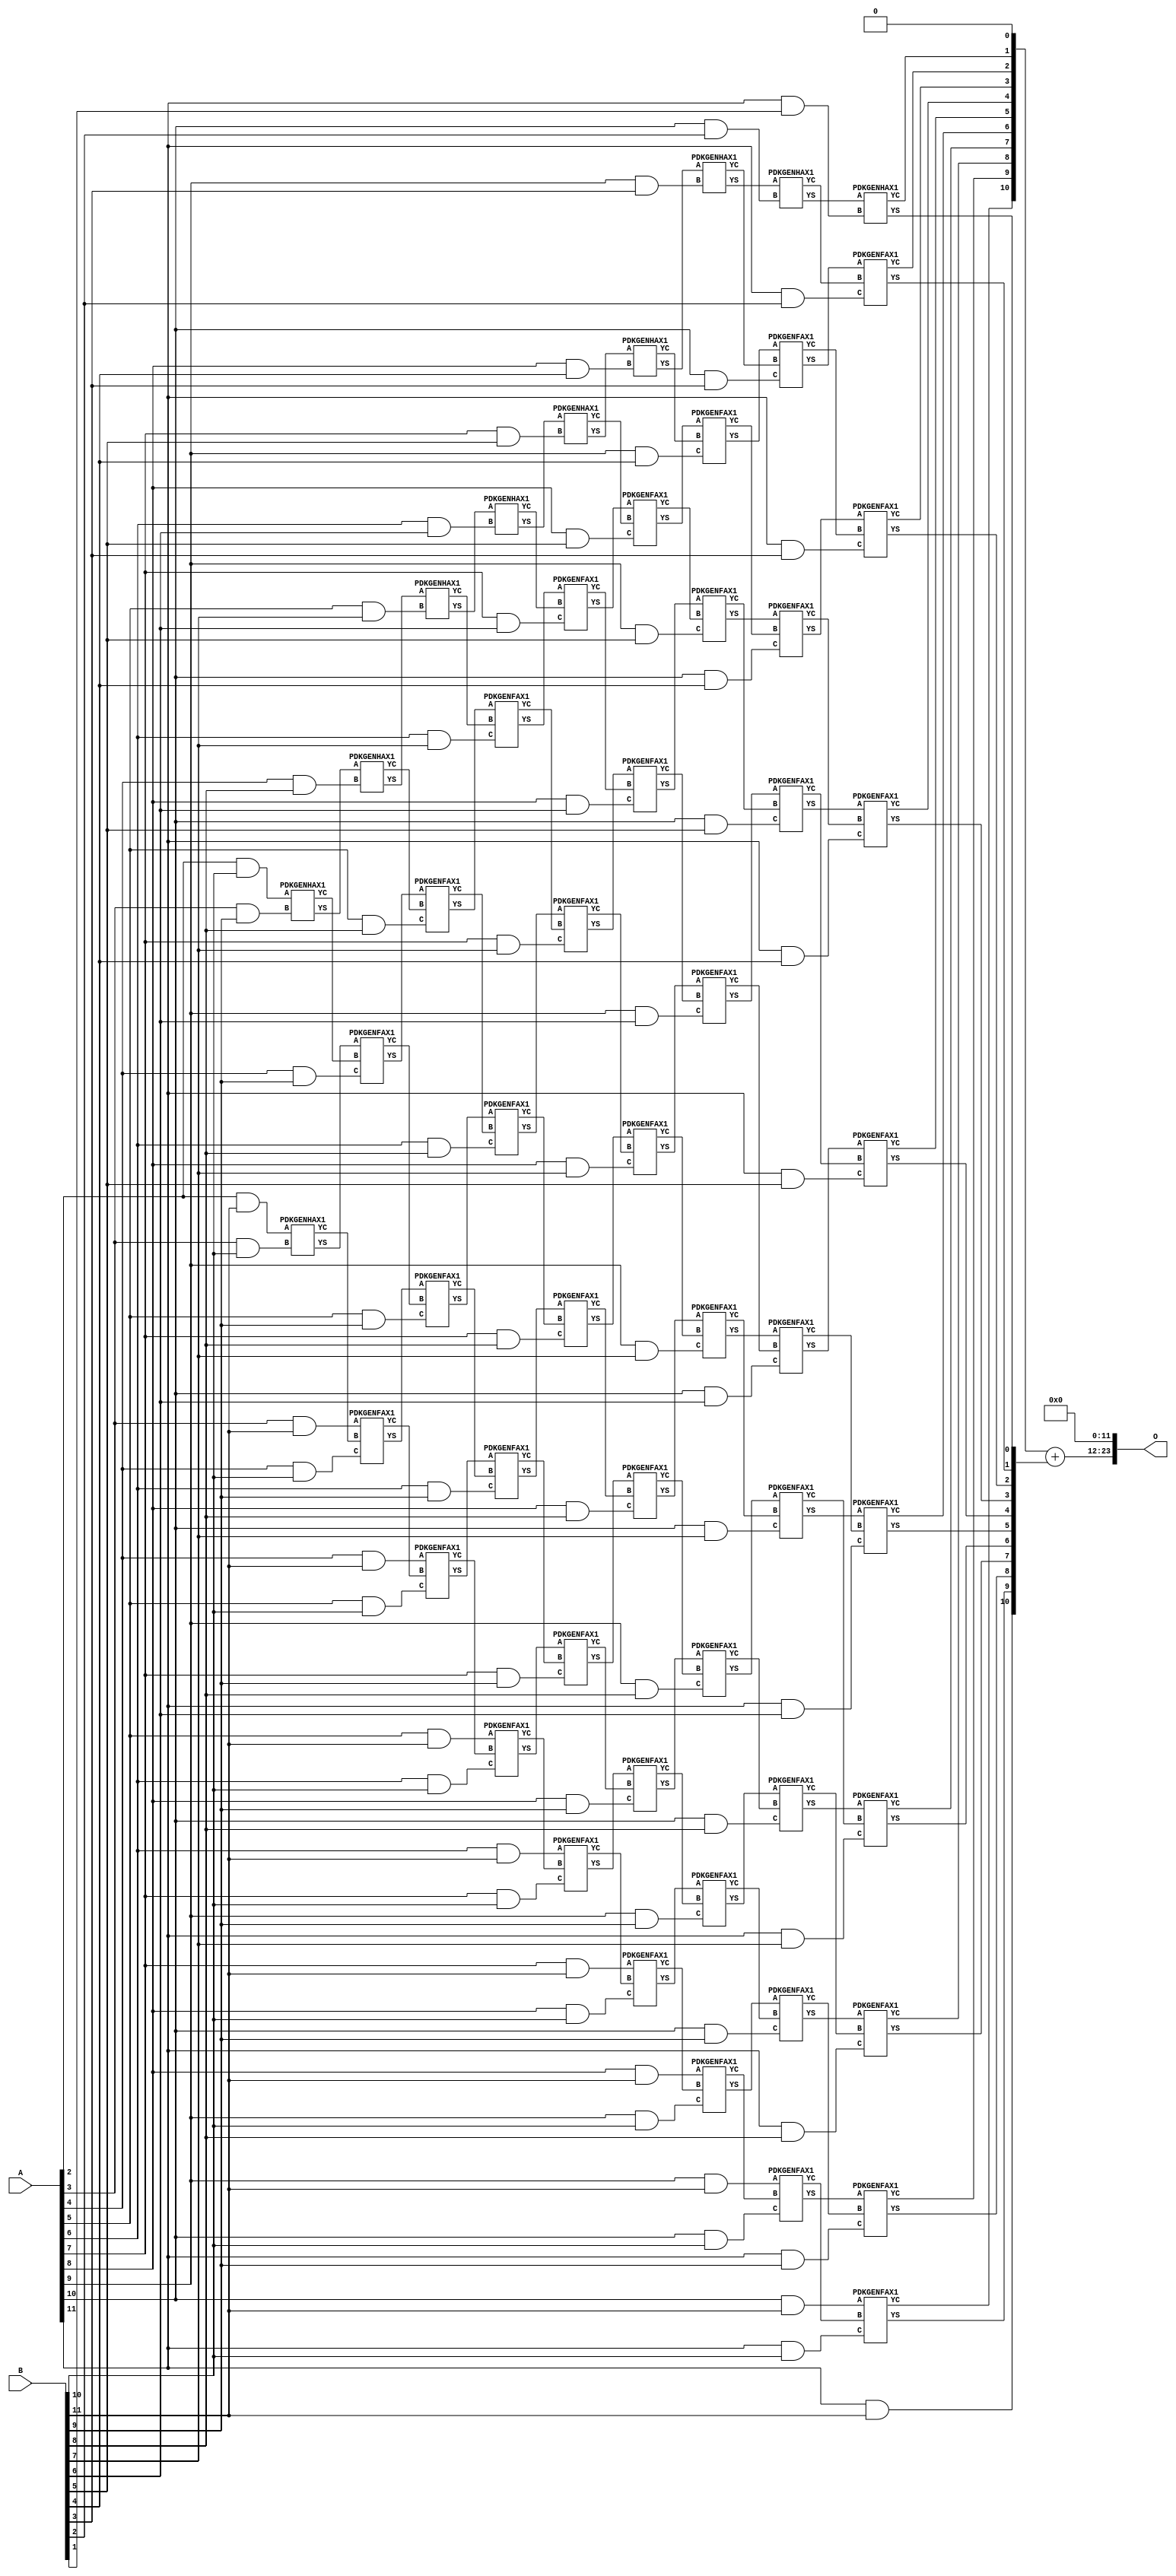
/***
* This code is a part of EvoApproxLib library (ehw.fit.vutbr.cz/approxlib) distributed under The MIT License.
* When used, please cite the following article(s): PRABAKARAN B. S., MRAZEK V., VASICEK Z., SEKANINA L., SHAFIQUE M. ApproxFPGAs: Embracing ASIC-based Approximate Arithmetic Components for FPGA-Based Systems. DAC 2020. 
***/
// MAE% = 0.073 %
// MAE = 12288 
// WCE% = 0.29 %
// WCE = 49153 
// WCRE% = 100.00 %
// EP% = 99.84 %
// MRE% = 1.67 %
// MSE = 18304.091e4 
// FPGA_POWER = 1.4
// FPGA_DELAY = 12
// FPGA_LUT = 78


module mul12u_2U7 ( A, B, O );
  input [11:0] A;
  input [11:0] B;
  output [23:0] O;

  wire C_10_10,C_10_2,C_10_3,C_10_4,C_10_5,C_10_6,C_10_7,C_10_8,C_10_9,C_11_1,C_11_10,C_11_2,C_11_3,C_11_4,C_11_5,C_11_6,C_11_7,C_11_8,C_11_9,C_3_10,C_3_9,C_4_10,C_4_8,C_4_9,C_5_10,C_5_7,C_5_8,C_5_9,C_6_10,C_6_6,C_6_7,C_6_8,C_6_9,C_7_10,C_7_5,C_7_6,C_7_7,C_7_8,C_7_9,C_8_10,C_8_4,C_8_5,C_8_6,C_8_7,C_8_8,C_8_9,C_9_10,C_9_3,C_9_4,C_9_5,C_9_6,C_9_7,C_9_8,C_9_9,S_10_10,S_10_11,S_10_2,S_10_3,S_10_4,S_10_5,S_10_6,S_10_7,S_10_8,S_10_9,S_11_1,S_11_10,S_11_11,S_11_2,S_11_3,S_11_4,S_11_5,S_11_6,S_11_7,S_11_8,S_11_9,S_12_0,S_12_1,S_12_10,S_12_11,S_12_2,S_12_3,S_12_4,S_12_5,S_12_6,S_12_7,S_12_8,S_12_9,S_2_10,S_2_11,S_3_10,S_3_11,S_3_9,S_4_10,S_4_11,S_4_8,S_4_9,S_5_10,S_5_11,S_5_7,S_5_8,S_5_9,S_6_10,S_6_11,S_6_6,S_6_7,S_6_8,S_6_9,S_7_10,S_7_11,S_7_5,S_7_6,S_7_7,S_7_8,S_7_9,S_8_10,S_8_11,S_8_4,S_8_5,S_8_6,S_8_7,S_8_8,S_8_9,S_9_10,S_9_11,S_9_3,S_9_4,S_9_5,S_9_6,S_9_7,S_9_8,S_9_9;

  assign S_2_10 = (A[2] & B[10]);
  assign S_2_11 = (A[2] & B[11]);
  PDKGENHAX1 U296194 (.A(S_2_10), .B((A[3] & B[9])), .YS(S_3_9), .YC(C_3_9));
  PDKGENHAX1 U296195 (.A(S_2_11), .B((A[3] & B[10])), .YS(S_3_10), .YC(C_3_10));
  assign S_3_11 = (A[3] & B[11]);
  PDKGENHAX1 U296205 (.A(S_3_9), .B((A[4] & B[8])), .YS(S_4_8), .YC(C_4_8));
  PDKGENFAX1 U296206 (.A(S_3_10), .B(C_3_9), .C((A[4] & B[9])), .YS(S_4_9), .YC(C_4_9));
  PDKGENFAX1 U296207 (.A(S_3_11), .B(C_3_10), .C((A[4] & B[10])), .YS(S_4_10), .YC(C_4_10));
  assign S_4_11 = (A[4] & B[11]);
  PDKGENHAX1 U296216 (.A(S_4_8), .B((A[5] & B[7])), .YS(S_5_7), .YC(C_5_7));
  PDKGENFAX1 U296217 (.A(S_4_9), .B(C_4_8), .C((A[5] & B[8])), .YS(S_5_8), .YC(C_5_8));
  PDKGENFAX1 U296218 (.A(S_4_10), .B(C_4_9), .C((A[5] & B[9])), .YS(S_5_9), .YC(C_5_9));
  PDKGENFAX1 U296219 (.A(S_4_11), .B(C_4_10), .C((A[5] & B[10])), .YS(S_5_10), .YC(C_5_10));
  assign S_5_11 = (A[5] & B[11]);
  PDKGENHAX1 U296227 (.A(S_5_7), .B((A[6] & B[6])), .YS(S_6_6), .YC(C_6_6));
  PDKGENFAX1 U296228 (.A(S_5_8), .B(C_5_7), .C((A[6] & B[7])), .YS(S_6_7), .YC(C_6_7));
  PDKGENFAX1 U296229 (.A(S_5_9), .B(C_5_8), .C((A[6] & B[8])), .YS(S_6_8), .YC(C_6_8));
  PDKGENFAX1 U296230 (.A(S_5_10), .B(C_5_9), .C((A[6] & B[9])), .YS(S_6_9), .YC(C_6_9));
  PDKGENFAX1 U296231 (.A(S_5_11), .B(C_5_10), .C((A[6] & B[10])), .YS(S_6_10), .YC(C_6_10));
  assign S_6_11 = (A[6] & B[11]);
  PDKGENHAX1 U296238 (.A(S_6_6), .B((A[7] & B[5])), .YS(S_7_5), .YC(C_7_5));
  PDKGENFAX1 U296239 (.A(S_6_7), .B(C_6_6), .C((A[7] & B[6])), .YS(S_7_6), .YC(C_7_6));
  PDKGENFAX1 U296240 (.A(S_6_8), .B(C_6_7), .C((A[7] & B[7])), .YS(S_7_7), .YC(C_7_7));
  PDKGENFAX1 U296241 (.A(S_6_9), .B(C_6_8), .C((A[7] & B[8])), .YS(S_7_8), .YC(C_7_8));
  PDKGENFAX1 U296242 (.A(S_6_10), .B(C_6_9), .C((A[7] & B[9])), .YS(S_7_9), .YC(C_7_9));
  PDKGENFAX1 U296243 (.A(S_6_11), .B(C_6_10), .C((A[7] & B[10])), .YS(S_7_10), .YC(C_7_10));
  assign S_7_11 = (A[7] & B[11]);
  PDKGENHAX1 U296249 (.A(S_7_5), .B((A[8] & B[4])), .YS(S_8_4), .YC(C_8_4));
  PDKGENFAX1 U296250 (.A(S_7_6), .B(C_7_5), .C((A[8] & B[5])), .YS(S_8_5), .YC(C_8_5));
  PDKGENFAX1 U296251 (.A(S_7_7), .B(C_7_6), .C((A[8] & B[6])), .YS(S_8_6), .YC(C_8_6));
  PDKGENFAX1 U296252 (.A(S_7_8), .B(C_7_7), .C((A[8] & B[7])), .YS(S_8_7), .YC(C_8_7));
  PDKGENFAX1 U296253 (.A(S_7_9), .B(C_7_8), .C((A[8] & B[8])), .YS(S_8_8), .YC(C_8_8));
  PDKGENFAX1 U296254 (.A(S_7_10), .B(C_7_9), .C((A[8] & B[9])), .YS(S_8_9), .YC(C_8_9));
  PDKGENFAX1 U296255 (.A(S_7_11), .B(C_7_10), .C((A[8] & B[10])), .YS(S_8_10), .YC(C_8_10));
  assign S_8_11 = (A[8] & B[11]);
  PDKGENHAX1 U296260 (.A(S_8_4), .B((A[9] & B[3])), .YS(S_9_3), .YC(C_9_3));
  PDKGENFAX1 U296261 (.A(S_8_5), .B(C_8_4), .C((A[9] & B[4])), .YS(S_9_4), .YC(C_9_4));
  PDKGENFAX1 U296262 (.A(S_8_6), .B(C_8_5), .C((A[9] & B[5])), .YS(S_9_5), .YC(C_9_5));
  PDKGENFAX1 U296263 (.A(S_8_7), .B(C_8_6), .C((A[9] & B[6])), .YS(S_9_6), .YC(C_9_6));
  PDKGENFAX1 U296264 (.A(S_8_8), .B(C_8_7), .C((A[9] & B[7])), .YS(S_9_7), .YC(C_9_7));
  PDKGENFAX1 U296265 (.A(S_8_9), .B(C_8_8), .C((A[9] & B[8])), .YS(S_9_8), .YC(C_9_8));
  PDKGENFAX1 U296266 (.A(S_8_10), .B(C_8_9), .C((A[9] & B[9])), .YS(S_9_9), .YC(C_9_9));
  PDKGENFAX1 U296267 (.A(S_8_11), .B(C_8_10), .C((A[9] & B[10])), .YS(S_9_10), .YC(C_9_10));
  assign S_9_11 = (A[9] & B[11]);
  PDKGENHAX1 U296271 (.A(S_9_3), .B((A[10] & B[2])), .YS(S_10_2), .YC(C_10_2));
  PDKGENFAX1 U296272 (.A(S_9_4), .B(C_9_3), .C((A[10] & B[3])), .YS(S_10_3), .YC(C_10_3));
  PDKGENFAX1 U296273 (.A(S_9_5), .B(C_9_4), .C((A[10] & B[4])), .YS(S_10_4), .YC(C_10_4));
  PDKGENFAX1 U296274 (.A(S_9_6), .B(C_9_5), .C((A[10] & B[5])), .YS(S_10_5), .YC(C_10_5));
  PDKGENFAX1 U296275 (.A(S_9_7), .B(C_9_6), .C((A[10] & B[6])), .YS(S_10_6), .YC(C_10_6));
  PDKGENFAX1 U296276 (.A(S_9_8), .B(C_9_7), .C((A[10] & B[7])), .YS(S_10_7), .YC(C_10_7));
  PDKGENFAX1 U296277 (.A(S_9_9), .B(C_9_8), .C((A[10] & B[8])), .YS(S_10_8), .YC(C_10_8));
  PDKGENFAX1 U296278 (.A(S_9_10), .B(C_9_9), .C((A[10] & B[9])), .YS(S_10_9), .YC(C_10_9));
  PDKGENFAX1 U296279 (.A(S_9_11), .B(C_9_10), .C((A[10] & B[10])), .YS(S_10_10), .YC(C_10_10));
  assign S_10_11 = (A[10] & B[11]);
  PDKGENHAX1 U296282 (.A(S_10_2), .B((A[11] & B[1])), .YS(S_11_1), .YC(C_11_1));
  PDKGENFAX1 U296283 (.A(S_10_3), .B(C_10_2), .C((A[11] & B[2])), .YS(S_11_2), .YC(C_11_2));
  PDKGENFAX1 U296284 (.A(S_10_4), .B(C_10_3), .C((A[11] & B[3])), .YS(S_11_3), .YC(C_11_3));
  PDKGENFAX1 U296285 (.A(S_10_5), .B(C_10_4), .C((A[11] & B[4])), .YS(S_11_4), .YC(C_11_4));
  PDKGENFAX1 U296286 (.A(S_10_6), .B(C_10_5), .C((A[11] & B[5])), .YS(S_11_5), .YC(C_11_5));
  PDKGENFAX1 U296287 (.A(S_10_7), .B(C_10_6), .C((A[11] & B[6])), .YS(S_11_6), .YC(C_11_6));
  PDKGENFAX1 U296288 (.A(S_10_8), .B(C_10_7), .C((A[11] & B[7])), .YS(S_11_7), .YC(C_11_7));
  PDKGENFAX1 U296289 (.A(S_10_9), .B(C_10_8), .C((A[11] & B[8])), .YS(S_11_8), .YC(C_11_8));
  PDKGENFAX1 U296290 (.A(S_10_10), .B(C_10_9), .C((A[11] & B[9])), .YS(S_11_9), .YC(C_11_9));
  PDKGENFAX1 U296291 (.A(S_10_11), .B(C_10_10), .C((A[11] & B[10])), .YS(S_11_10), .YC(C_11_10));
  assign S_11_11 = (A[11] & B[11]);
  assign {S_12_11, S_12_10, S_12_9, S_12_8, S_12_7, S_12_6, S_12_5, S_12_4, S_12_3, S_12_2, S_12_1, S_12_0} = {C_11_10, C_11_9, C_11_8, C_11_7, C_11_6, C_11_5, C_11_4, C_11_3, C_11_2, C_11_1, 1'b0} + {S_11_11, S_11_10, S_11_9, S_11_8, S_11_7, S_11_6, S_11_5, S_11_4, S_11_3, S_11_2, S_11_1};
  assign O = {S_12_11,S_12_10,S_12_9,S_12_8,S_12_7,S_12_6,S_12_5,S_12_4,S_12_3,S_12_2,S_12_1,S_12_0,1'b0,1'b0,1'b0,1'b0,1'b0,1'b0,1'b0,1'b0,1'b0,1'b0,1'b0,1'b0};

endmodule

/* mod */
module PDKGENHAX1( input A, input B, output YS, output YC );
    assign YS = A ^ B;
    assign YC = A & B;
endmodule
/* mod */
module PDKGENFAX1( input A, input B, input C, output YS, output YC );
    assign YS = (A ^ B) ^ C;
    assign YC = (A & B) | (B & C) | (A & C);
endmodule